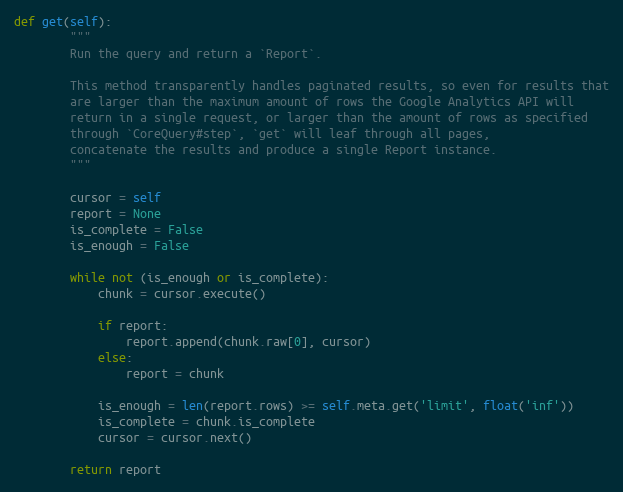
Language: Python
def get(self):
        """
        Run the query and return a `Report`.

        This method transparently handles paginated results, so even for results that
        are larger than the maximum amount of rows the Google Analytics API will
        return in a single request, or larger than the amount of rows as specified
        through `CoreQuery#step`, `get` will leaf through all pages,
        concatenate the results and produce a single Report instance.
        """

        cursor = self
        report = None
        is_complete = False
        is_enough = False

        while not (is_enough or is_complete):
            chunk = cursor.execute()

            if report:
                report.append(chunk.raw[0], cursor)
            else:
                report = chunk

            is_enough = len(report.rows) >= self.meta.get('limit', float('inf'))
            is_complete = chunk.is_complete
            cursor = cursor.next()

        return report